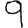
Digit: 9